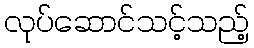
လုပ်ဆောင်သင့်သည့်